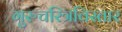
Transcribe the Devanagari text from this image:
गुरुचरित्रविस्तार